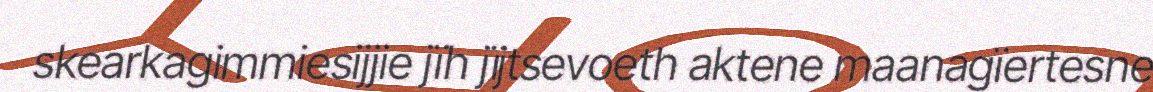
skearkagimmiesijjie jïh jïjtsevoeth aktene maanagïertesne